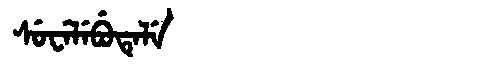
Manchu: ᠰᡠᠸᡝᠯᡝᠪᡠᡨᡝᠯᡝ
Romanization: SUWELEBUTELE